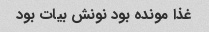
غذا مونده بود نونش بیات بود